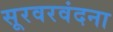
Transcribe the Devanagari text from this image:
सूरवरवंदना